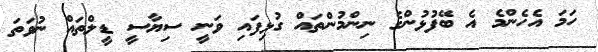
ހަމަ އެހެންމެ އެ ބޭފުޅުންގެ ނިންމުންތައް ގުޅިފައި ވަނީ ސިޔާސީ ޑީލްތައް ނުވަތަ